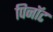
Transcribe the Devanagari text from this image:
पिनॉट